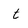
Character: t